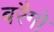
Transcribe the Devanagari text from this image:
बरैगो